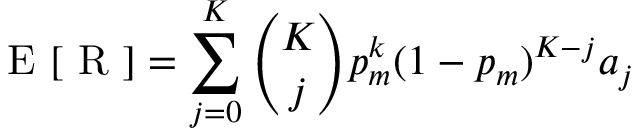
\mathrm { ~ E ~ } [ \mathrm { ~ R ~ } ] = \sum _ { j = 0 } ^ { K } { \binom { K } { j } } p _ { m } ^ { k } ( 1 - p _ { m } ) ^ { K - j } a _ { j }